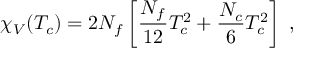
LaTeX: \chi _ { V } ( T _ { c } ) = 2 N _ { f } \left[ \frac { N _ { f } } { 1 2 } T _ { c } ^ { 2 } + \frac { N _ { c } } { 6 } T _ { c } ^ { 2 } \right] \ ,